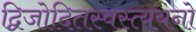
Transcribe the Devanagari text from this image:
द्विजोदितस्वस्त्ययनो